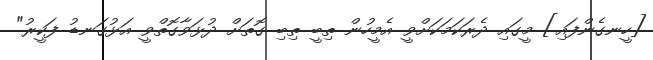
[ހީނގެންފައި] މީގައި ދެރަކަމަކަށްވީ އެމީހުން ތިބީ ތިބި ގޮތަށް ދުޅަވާގޮތްވީ އަޅުގަނޑު ފަކީރު"